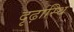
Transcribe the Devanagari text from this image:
दृढ़ास्थि